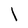
Character: l